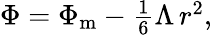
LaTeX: \begin{array}{r}{\Phi=\Phi_{\mathrm{m}}-\frac{1}{6}\Lambda\, r^{2},}\end{array}